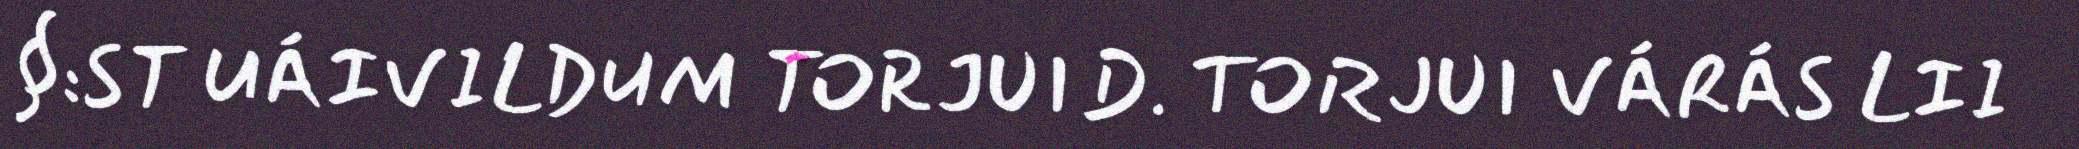
§:ST UÁIVILDUM TORJUID. TORJUI VÁRÁS LII